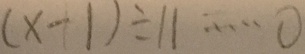
( x - 1 ) \div 1 1 \cdots 0